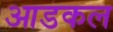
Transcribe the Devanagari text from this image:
आडकल